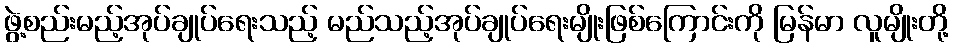
ဖွဲ့စည်းမည့်အုပ်ချုပ်ရေးသည့် မည်သည့်အုပ်ချုပ်ရေးမျိုးဖြစ်ကြောင်းကို မြန်မာ လူမျိုးတို့